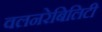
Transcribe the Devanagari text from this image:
वलनरेबिलिटी